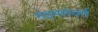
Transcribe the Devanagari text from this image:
राइमसेयर्स